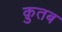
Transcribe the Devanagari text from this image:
क़ुतब